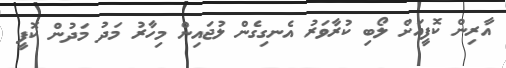
އާރިން ކޮފީއަށް ލޯބި ކުރާވަރު އެނގިގެން ލުޖައިން މިހާރު މަދު މަދުން ކޮފީ